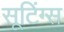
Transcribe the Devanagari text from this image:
सूटिंग्स